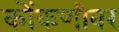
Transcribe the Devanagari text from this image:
कोंकणीवर